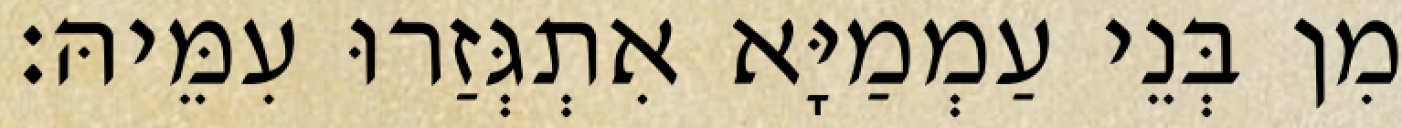
מִן בְּנֵי עַמְמַיָּא אִתְגְּזַרוּ עִמֵּיהּ׃